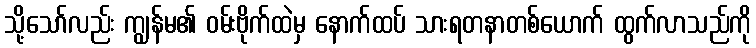
သို့သော်လည်း ကျွန်မ၏ ဝမ်းဗိုက်ထဲမှ နောက်ထပ် သားရတနာတစ်ယောက် ထွက်လာသည်ကို